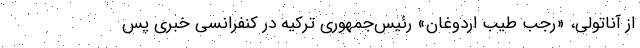
از آناتولی، «رجب طیب اردوغان» رئیس‌جمهوری ترکیه در کنفرانسی خبری پس